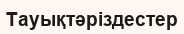
Тауықтәріздестер